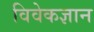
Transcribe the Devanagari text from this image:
विवेकज्ञान